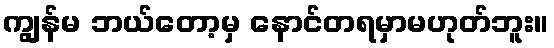
ကျွန်မ ဘယ်တော့မှ နောင်တရမှာမဟုတ်ဘူး။